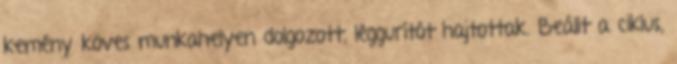
kemény köves munkahelyen dolgozott, léggurítót hajtottak. Beállt a ciklus,